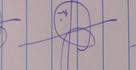
Signature authenticity: genuine